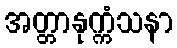
အတ္တာနုက္ကံသနာ